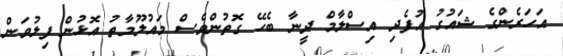
އަހަރެންގެ ޝައުުގު އުފެދި އިސްލާމް ދީނާ ބެހޭ ގޮތުންވެސް މައުލޫމާތު އޮޅުން ފިލުވަން